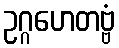
ဥဂ္ဂဟေတဗ္ဗံ